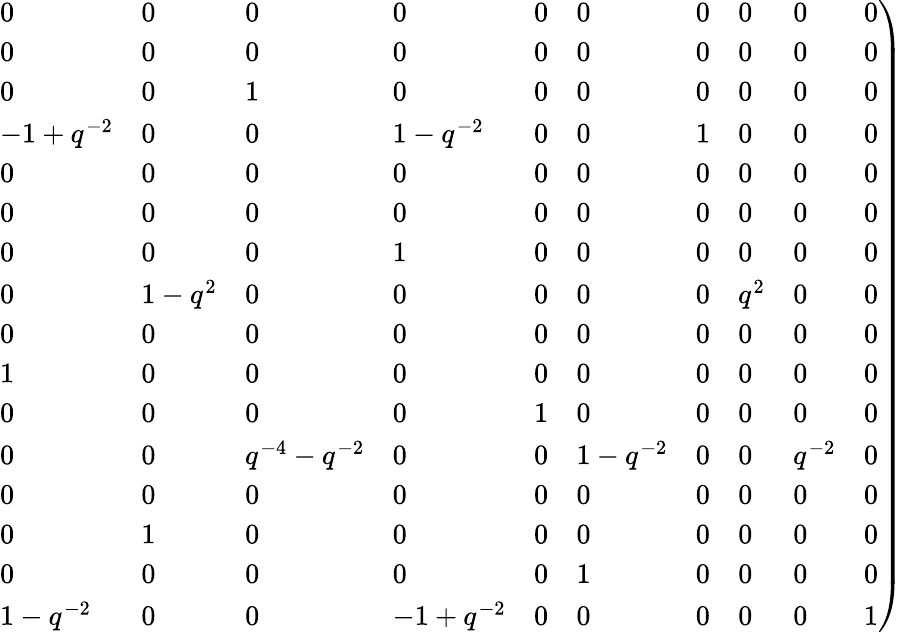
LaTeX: \left.\begin{array}{llllllllll}{{0}}&{{0}}&{{0}}&{{0}}&{{0}}&{{0}}&{{0}}&{{0}}&{{0}}&{{0}}\\ {{0}}&{{0}}&{{0}}&{{0}}&{{0}}&{{0}}&{{0}}&{{0}}&{{0}}&{{0}}\\ {{0}}&{{0}}&{{1}}&{{0}}&{{0}}&{{0}}&{{0}}&{{0}}&{{0}}&{{0}}\\ {{-1+q^{-2}}}&{{0}}&{{0}}&{{1-{q^{-2}}}}&{{0}}&{{0}}&{{1}}&{{0}}&{{0}}&{{0}}\\ {{0}}&{{0}}&{{0}}&{{0}}&{{0}}&{{0}}&{{0}}&{{0}}&{{0}}&{{0}}\\ {{0}}&{{0}}&{{0}}&{{0}}&{{0}}&{{0}}&{{0}}&{{0}}&{{0}}&{{0}}\\ {{0}}&{{0}}&{{0}}&{{1}}&{{0}}&{{0}}&{{0}}&{{0}}&{{0}}&{{0}}\\ {{0}}&{{1-q^{2}}}&{{0}}&{{0}}&{{0}}&{{0}}&{{0}}&{{{q^{2}}}}&{{0}}&{{0}}\\ {{0}}&{{0}}&{{0}}&{{0}}&{{0}}&{{0}}&{{0}}&{{0}}&{{0}}&{{0}}\\ {{1}}&{{0}}&{{0}}&{{0}}&{{0}}&{{0}}&{{0}}&{{0}}&{{0}}&{{0}}\\ {{0}}&{{0}}&{{0}}&{{0}}&{{1}}&{{0}}&{{0}}&{{0}}&{{0}}&{{0}}\\ {{0}}&{{0}}&{{{q^{-4}}-{q^{-2}}}}&{{0}}&{{0}}&{{1-{q^{-2}}}}&{{0}}&{{0}}&{{{q^{-2}}}}&{{0}}\\ {{0}}&{{0}}&{{0}}&{{0}}&{{0}}&{{0}}&{{0}}&{{0}}&{{0}}&{{0}}\\ {{0}}&{{1}}&{{0}}&{{0}}&{{0}}&{{0}}&{{0}}&{{0}}&{{0}}&{{0}}\\ {{0}}&{{0}}&{{0}}&{{0}}&{{0}}&{{1}}&{{0}}&{{0}}&{{0}}&{{0}}\\ {{1-q^{-2}}}&{{0}}&{{0}}&{{-1+{q^{-2}}}}&{{0}}&{{0}}&{{0}}&{{0}}&{{0}}&{{1}}\end{array}\right)